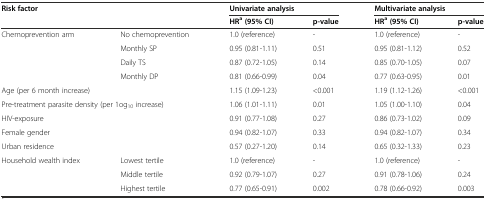
<table><thead><tr><td rowspan="2" colspan="2"><b>Risk factor</b></td><td colspan="2"><b>Univariate analysis</b></td><td colspan="2"><b>Multivariate analysis</b></td></tr><tr><td><b>HR<sup>a</sup>(95% CI)</b></td><td><b>p-value</b></td><td><b>HR<sup>a</sup>(95% CI)</b></td><td><b>p-value</b></td></tr></thead><tbody><tr><td rowspan="4">Chemoprevention arm</td><td>No chemoprevention</td><td>1.0 (reference)</td><td>-</td><td>1.0 (reference)</td><td>-</td></tr><tr><td>Monthly SP</td><td>0.95 (0.81-1.11)</td><td>0.51</td><td>0.95 (0.81-1.12)</td><td>0.52</td></tr><tr><td>Daily TS</td><td>0.87 (0.72-1.05)</td><td>0.14</td><td>0.85 (0.70-1.05)</td><td>0.07</td></tr><tr><td>Monthly DP</td><td>0.81 (0.66-0.99)</td><td>0.04</td><td>0.77 (0.63-0.95)</td><td>0.01</td></tr><tr><td colspan="2">Age (per 6 month increase)</td><td>1.15 (1.09-1.23)</td><td>&lt;0.001</td><td>1.19 (1.12-1.26)</td><td>&lt;0.001</td></tr><tr><td colspan="2">Pre-treatment parasite density (per 1og<sub>10</sub> increase)</td><td>1.06 (1.01-1.11)</td><td>0.01</td><td>1.05 (1.00-1.10)</td><td>0.04</td></tr><tr><td colspan="2">HIV-exposure</td><td>0.91 (0.77-1.08)</td><td>0.27</td><td>0.86 (0.73-1.02)</td><td>0.09</td></tr><tr><td colspan="2">Female gender</td><td>0.94 (0.82-1.07)</td><td>0.33</td><td>0.94 (0.82-1.07)</td><td>0.34</td></tr><tr><td colspan="2">Urban residence</td><td>0.57 (0.27-1.20)</td><td>0.14</td><td>0.65 (0.32-1.33)</td><td>0.23</td></tr><tr><td rowspan="3">Household wealth index</td><td>Lowest tertile</td><td>1.0 (reference)</td><td>-</td><td>1.0 (reference)</td><td>-</td></tr><tr><td>Middle tertile</td><td>0.92 (0.79-1.07)</td><td>0.27</td><td>0.91 (0.78-1.06)</td><td>0.24</td></tr><tr><td>Highest tertile</td><td>0.77 (0.65-0.91)</td><td>0.002</td><td>0.78 (0.66-0.92)</td><td>0.003</td></tr></tbody></table>